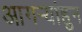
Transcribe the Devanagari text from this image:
आगर्‍यांहुन